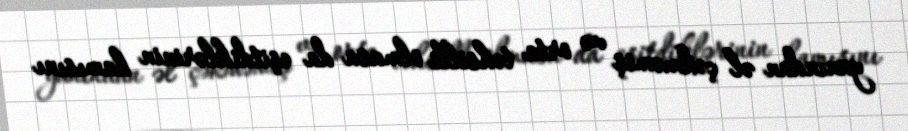
yanından əl çəkməmiş və orta təhsilli olmasa da eşitdiklərinin hamısını